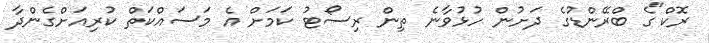
ރޮކް"ގެ ބްރޭންޑުގެ ދަށުން ހުޅުވާނެ ތިން ރިސޯޓު ކަމަށް އެ މަސައްކަތް ކުރިއަށްގެންދާ